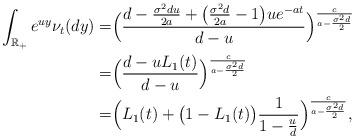
LaTeX: \begin{align*} \int_{\mathbb{R}_+}e^{uy}\nu_t(dy)= &\Big (\frac{d-\frac{\sigma^2du}{2a}+\big(\frac{\sigma^2d}{2a}-1\big)ue^{-at}}{d-u}\Big )^{\frac{c}{a-\frac{\sigma^2d}{2}}} \\= &\Big (\frac{d-uL_1(t)}{d-u}\Big )^{\frac{c}{a-\frac{\sigma^2d}{2}}} \\=& \Big( L_1(t)+\big(1-L_1(t)\big) \frac{1}{1-\frac{u}{d}} \Big)^{\frac{c}{a-\frac{\sigma^2d}{2}}},\end{align*}